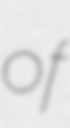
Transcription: of